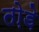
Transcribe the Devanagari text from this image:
तो़ड़े